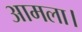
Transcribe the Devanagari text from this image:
आमला।